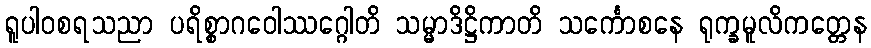
ရူပါဝစရသညာ ပရိစ္စာဂဝေါဿဂ္ဂေါတိ သမ္မာဒိဋ္ဌိကာတိ သင်္ကောစနေ ရုက္ခမူလိကတ္တေန